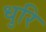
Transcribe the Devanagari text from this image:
धुरि